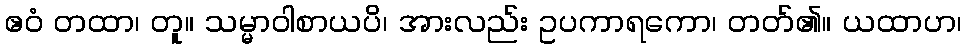
ဧဝံ တထာ၊ တူ။ သမ္မာဝါစာယပိ၊ အားလည်း ဥပကာရကော၊ တတ်၏။ ယထာဟ၊